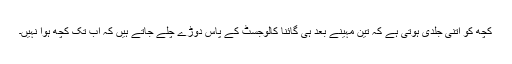
کچھ کو اتنی جلدی ہوتی ہے کہ تین مہینے بعد ہی گائنا کالوجسٹ کے پاس دوڑے چلے جاتے ہیں کہ اب تک کچھ ہوا نہیں۔